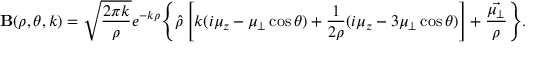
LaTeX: { \bf B } ( \rho , \theta , k ) = \sqrt { \frac { 2 \pi k } { \rho } } e ^ { - k \rho } \Biggl \{ \hat { \rho } \left[ k ( i \mu _ { z } - \mu _ { \perp } \cos { \theta } ) + \frac { 1 } { 2 \rho } ( i \mu _ { z } - 3 \mu _ { \perp } \cos { \theta } ) \right] + \frac { \vec { \mu _ { \perp } } } { \rho } \Biggr \} .